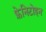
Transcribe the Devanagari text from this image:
फ़ेनिटोइन